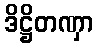
ဒိဋ္ဌိတဏှာ